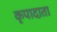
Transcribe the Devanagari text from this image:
कृपादाता